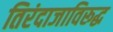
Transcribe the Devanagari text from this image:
तिरंदाजाविरूद्ध